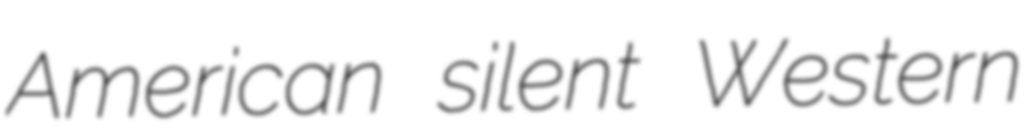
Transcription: American silent Western